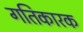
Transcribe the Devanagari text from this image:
गतिकारक